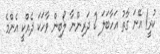
ކުރީ! އޭނަ ގާތު އަހާބަލަ 2 ދަރިންނާ ލޯބިން ވާހަކަ ދެއްކީ އެންމެ